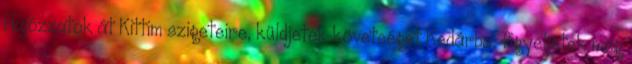
Hajózzatok át Kittim szigeteire, küldjetek követséget Kedárba, figyeljétek meg